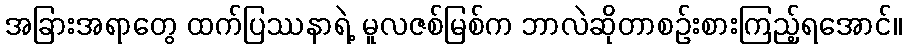
အခြားအရာတွေ ထက်ပြဿနာရဲ့ မူလဇစ်မြစ်က ဘာလဲဆိုတာစဉ်းစားကြည့်ရအောင်။